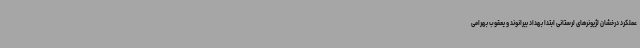
عملکرد درخشان لژیونرهای لرستانی ابتدا بهداد بیرانوند و یعقوب بهرامی